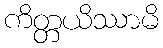
ကိတ္တယိဿာမိ